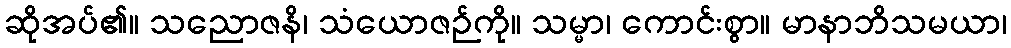
ဆိုအပ်၏။ သညောဇနိ၊ သံယောဇဉ်ကို။ သမ္မာ၊ ကောင်းစွာ။ မာနာဘိသမယာ၊